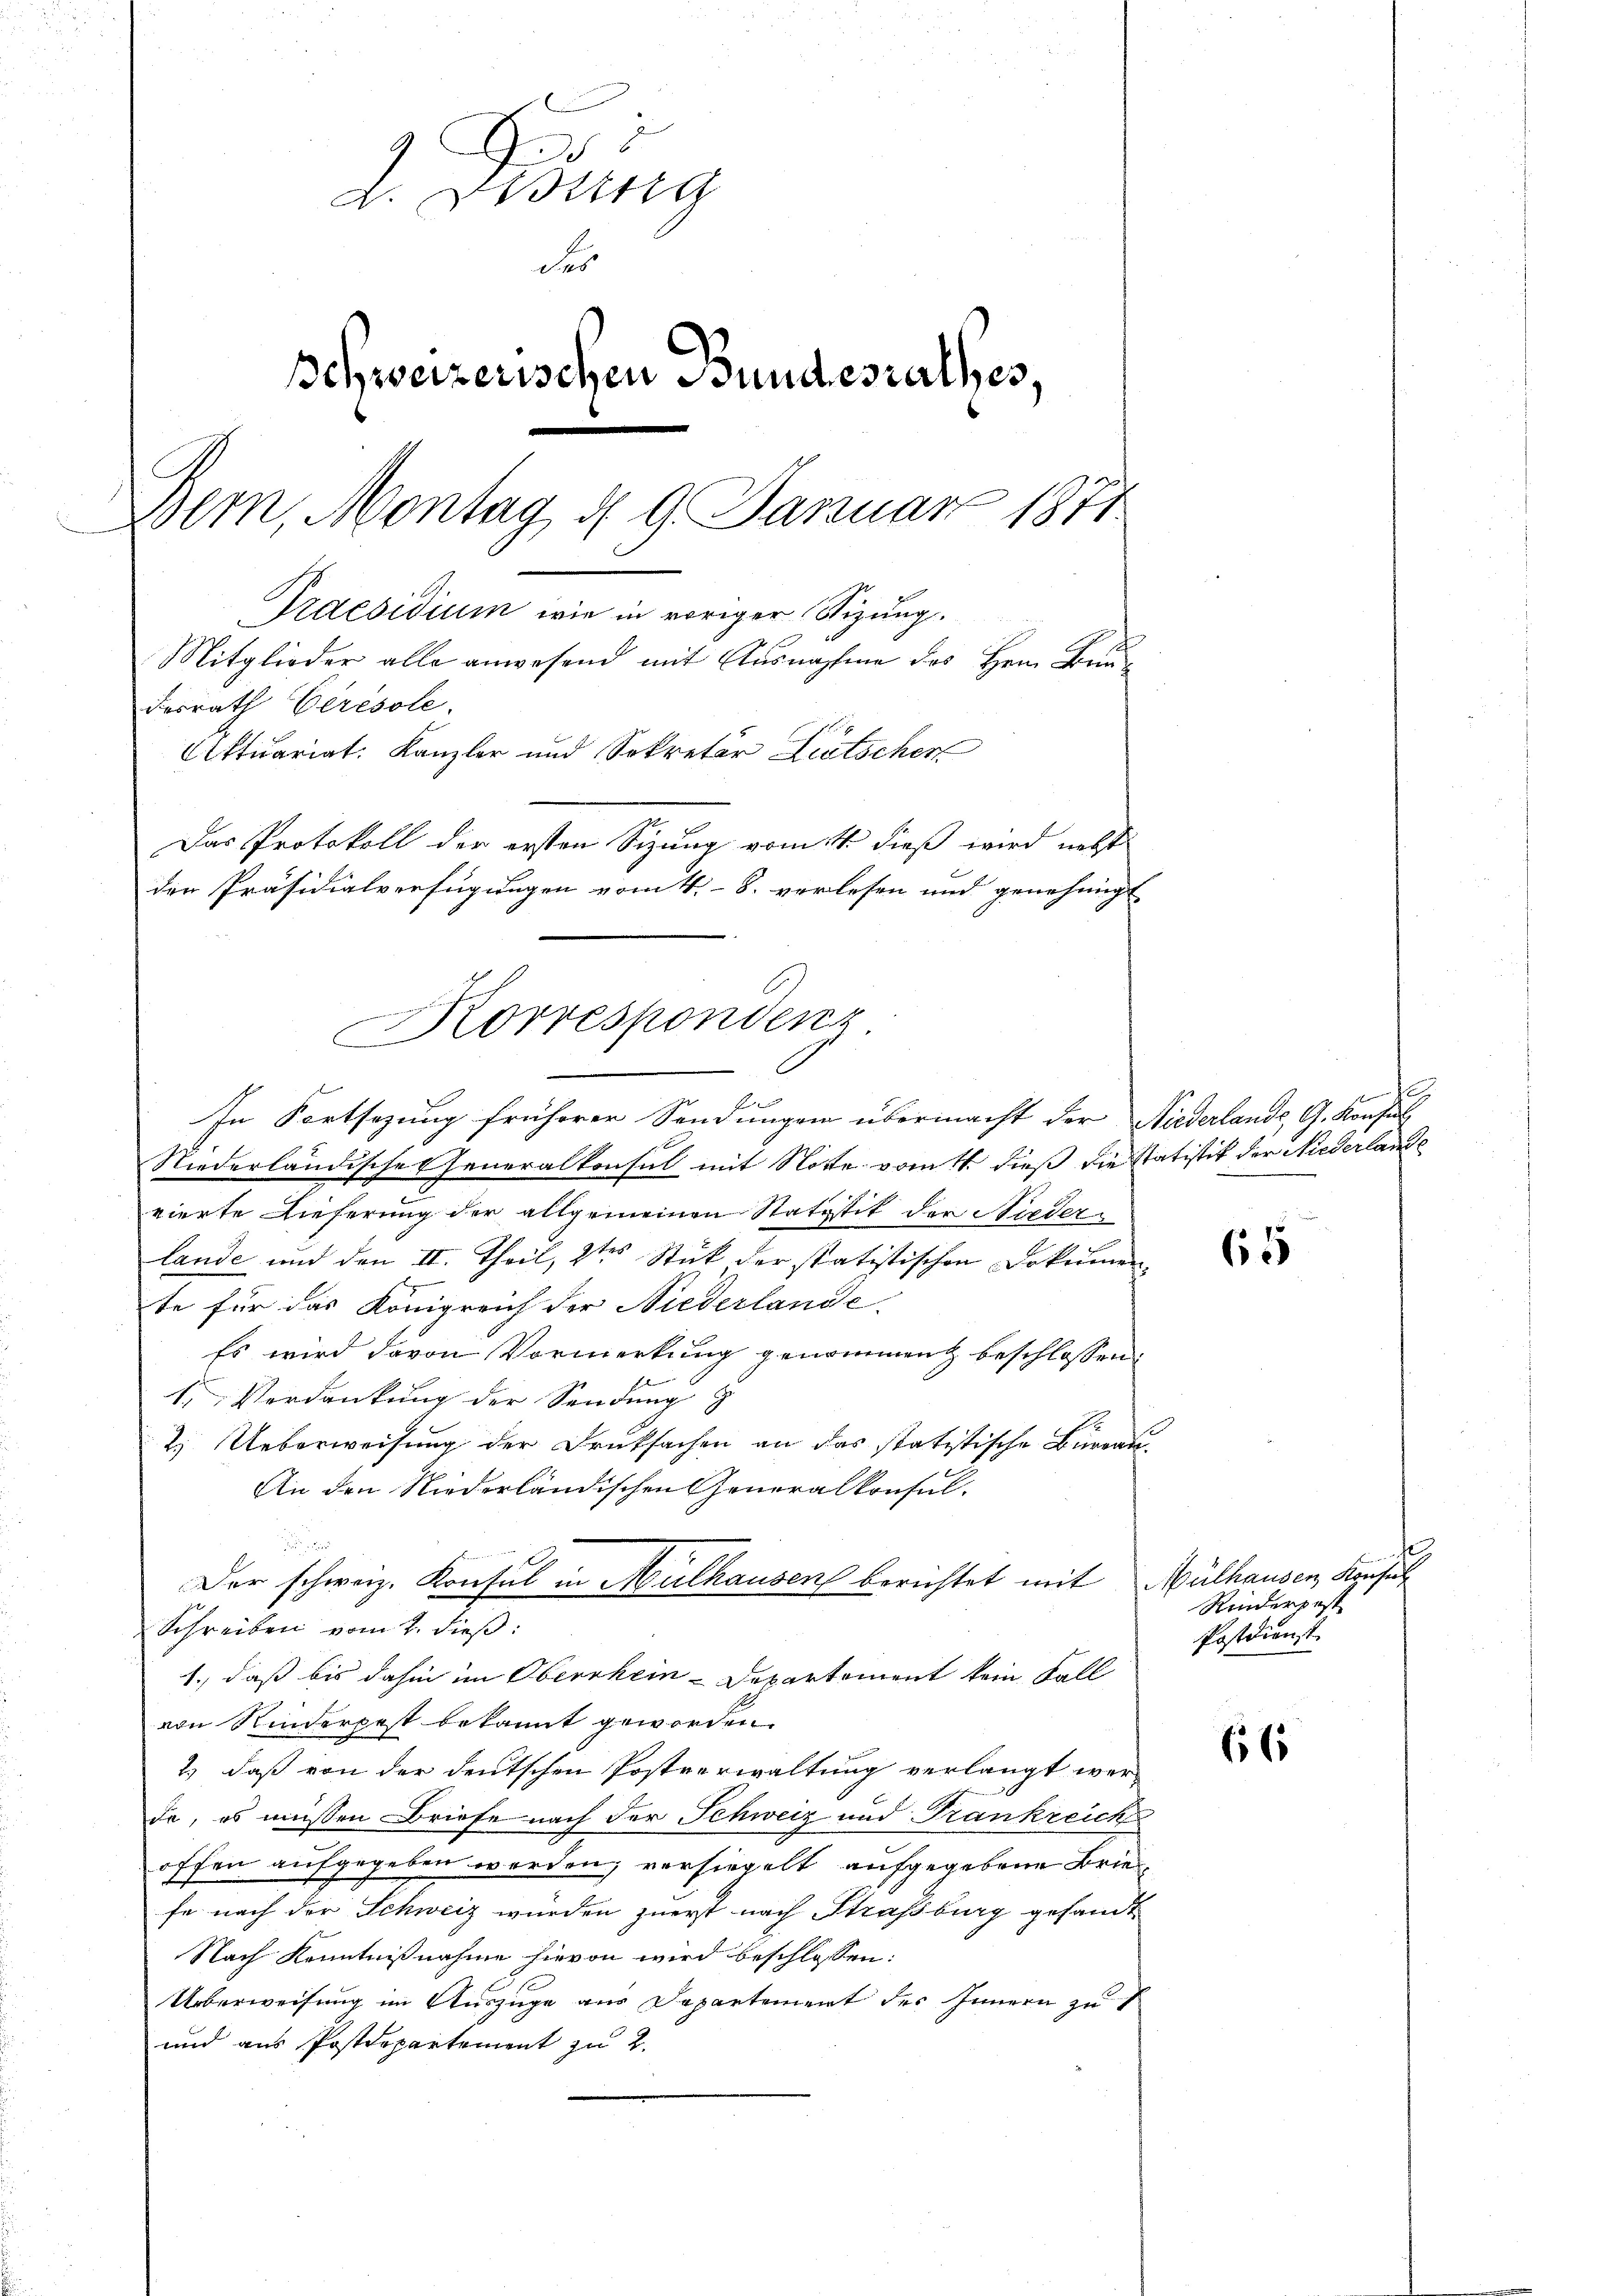
E
h
d. Wang
der
Schweizerischen Bundesrathes,
Bern, Montag d. 9. Januar 1871
Praesidium wie in voriger Stizung.
Mitglieder alle anwesend mit Ausnahme des Herr Baudesrath Ceresole.
Aktuariat. Kanzler und Sekretär Litscher
Das Protokoll der ersten Sizung vom 14. dieß wird nett
der Präsidialverfügungen vom 4. 8. verlesen und genehmigt |

In Fortsetzung früherer Sendungen übermacht der Niederlande, G. Konsul
Niederländische Generalkonsul mit Note vom 4. dieß die Statistik der Niederlande
vierte Lieferung der allgemeinen Statistik der Niederlande und den II. Theil, 2ten Stück der statistischen Dokumen-
te für das Königreich der Niederlande
Es wird davon Vormerkung genommen beschlossen:
1. Verdankung der Sendung z
2. Ueberweisung der Druksachen an das statistische Büreau¬
An den Niederländischen Generalkonsul-

Der schweiz. Konsul in Mülhausen berichtet mit Mülhausen Konsul
Schreiben vom 2. dieß:
1., daß bis dahin im Oberrhein-Departement kein Fall
von Kinderpest bekannt geworden.
2.) daß von der deutschen Postverwaltung verlangt werda, es müssen Briefe nach der Schweiz und Frankreich
offen aufgegeben werden, versiegelt aufgegebene Brie
.
fe nach der Schweiz wurden zuerst nach Straßburg gesandt
Nach Kenntnißnahme hievon wird beschlossen:
Ueberweisung im Auszüge aus Departement des Innern zu
und aus Postdepartement zu 2.

Korrespondenz
.

65

e
Rinderpost
Postdienst

615